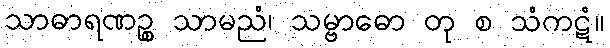
သာဓာရဏဉ္စ သာမညံ၊ သမ္ဗာဓော တု စ သံကဋံ။